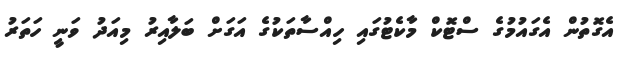
އެގޮތުން އެގައުމުގެ ސްޓޮކް މާކެޓުގައި ހިއްސާތަކުގެ އަގަށް ބަލާއިރު މިއަދު ވަނީ ހަތަރު